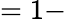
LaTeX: =1-